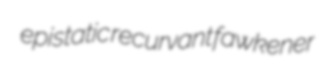
epistatic recurvant fawkener